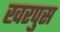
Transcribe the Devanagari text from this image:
खरपुस